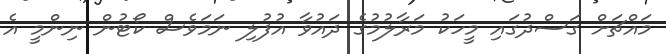
މައްޗަށް ގަސްދުގައި މީހަކު މަރާލުމުގެ ދައުވާ އުފުލި ނަމަވެސް ކޯޓުން ނިންމީ އެ